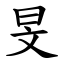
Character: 旻